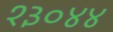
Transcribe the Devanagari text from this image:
१३०४४